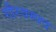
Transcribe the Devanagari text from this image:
गौरवस्पद